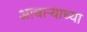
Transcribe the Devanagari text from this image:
आचार्‍याच्या